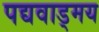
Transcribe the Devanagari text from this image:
पद्यवाड्मय